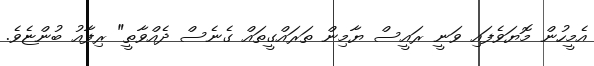
އެމީހުން މޮޔަވެފައި ވަނީ ރައީސް ޔާމިން ތަރައްގީތައް ގެނެސް ދެއްވާތީ" ރިފާއު ބުންޏެވެ.